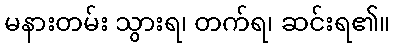
မနားတမ်း သွားရ၊ တက်ရ၊ ဆင်းရ၏။